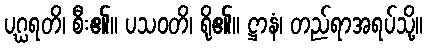
ပဂ္ဃရတိ၊ စီး၏။ ပသဝတိ၊ ရို၏။ ဋ္ဌာနံ၊ တည်ရာအရပ်သို့။